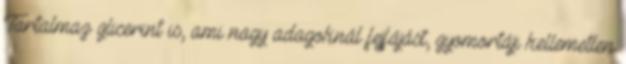
Tartalmaz glicerint is, ami nagy adagoknál fejfájást, gyomortáji kellemetlen